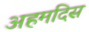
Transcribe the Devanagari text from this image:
अहमदिस